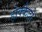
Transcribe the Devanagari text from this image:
होक्कैदो